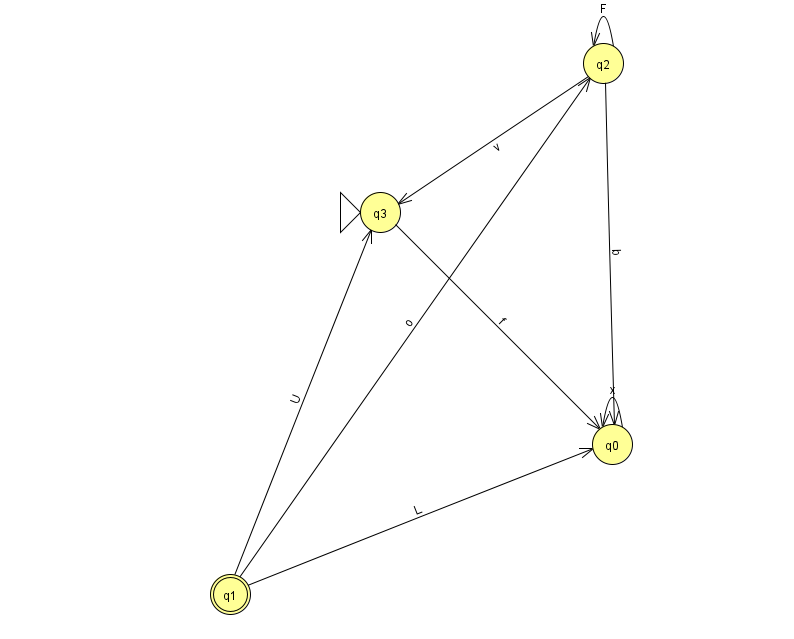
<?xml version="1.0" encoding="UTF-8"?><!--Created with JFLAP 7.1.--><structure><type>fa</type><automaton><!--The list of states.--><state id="0" name="q0"><x>612.0</x><y>431.0</y></state><state id="1" name="q1"><x>230.0</x><y>581.0</y><final/></state><state id="2" name="q2"><x>603.0</x><y>50.0</y></state><state id="3" name="q3"><x>380.0</x><y>199.0</y><initial/></state><!--The list of transitions.--><transition><from>1</from><to>0</to><read>L</read></transition><transition><from>2</from><to>2</to><read>F</read></transition><transition><from>3</from><to>0</to><read>f</read></transition><transition><from>0</from><to>0</to><read>x</read></transition><transition><from>1</from><to>3</to><read>U</read></transition><transition><from>2</from><to>3</to><read>v</read></transition><transition><from>1</from><to>2</to><read>o</read></transition><transition><from>2</from><to>0</to><read>b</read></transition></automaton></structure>